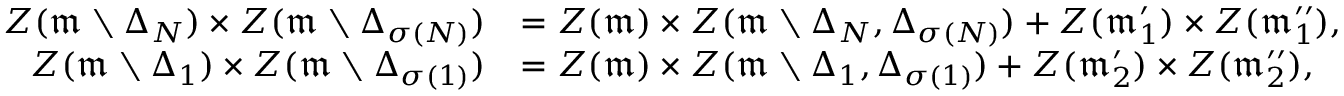
\begin{array} { r l } { Z ( \mathfrak { m } \setminus \Delta _ { N } ) \times Z ( \mathfrak { m } \setminus \Delta _ { \sigma ( N ) } ) } & { = Z ( \mathfrak { m } ) \times Z ( \mathfrak { m } \setminus \Delta _ { N } , \Delta _ { \sigma ( N ) } ) + Z ( \mathfrak { m } _ { 1 } ^ { \prime } ) \times Z ( \mathfrak { m } _ { 1 } ^ { \prime \prime } ) , } \\ { Z ( \mathfrak { m } \setminus \Delta _ { 1 } ) \times Z ( \mathfrak { m } \setminus \Delta _ { \sigma ( 1 ) } ) } & { = Z ( \mathfrak { m } ) \times Z ( \mathfrak { m } \setminus \Delta _ { 1 } , \Delta _ { \sigma ( 1 ) } ) + Z ( \mathfrak { m } _ { 2 } ^ { \prime } ) \times Z ( \mathfrak { m } _ { 2 } ^ { \prime \prime } ) , } \end{array}